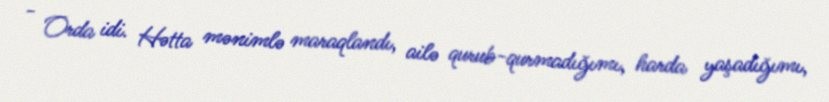
- Orda idi. Hətta mənimlə maraqlandı, ailə qurub-qurmadığımı, harda yaşadığımı,